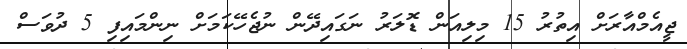
ޖީއެމްއާރަށް އިތުރު 15 މިލިއަން ޑޮލަރު ނަގައިދޭން ނުޖެހޭކަމަށް ނިންމައިފި 5 ދުވަސް